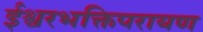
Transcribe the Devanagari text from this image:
ईश्वरभक्तिपरायण